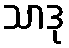
သာဒု